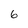
Character: 6